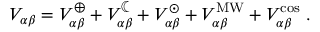
V _ { \alpha \beta } = V _ { \alpha \beta } ^ { \oplus } + V _ { \alpha \beta } ^ { \leftmoon } + V _ { \alpha \beta } ^ { \astrosun } + V _ { \alpha \beta } ^ { \mathrm { M W } } + V _ { \alpha \beta } ^ { \mathrm { c o s } } \; .